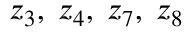
z _ { 3 } , \; z _ { 4 } , \; z _ { 7 } , \; z _ { 8 }